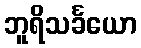
ဘူရိသင်္ခယော